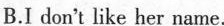
B.I don't like her name.